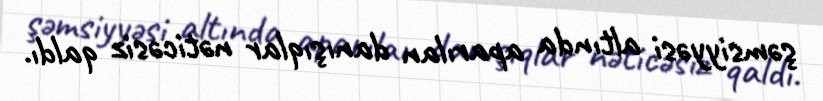
şəmsiyyəsi altında aparılan danışıqlar nəticəsiz qaldı.